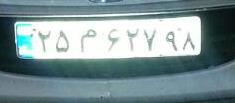
۲۵م۶۲۷۹۸